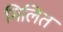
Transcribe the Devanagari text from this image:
मिलित